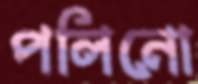
পলিনো